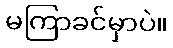
မကြာခင်မှာပဲ။